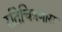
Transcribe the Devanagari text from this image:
रतिचित्रणास